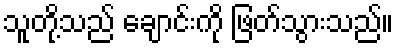
သူတို့သည် ချောင်းကို ဖြတ်သွားသည်။